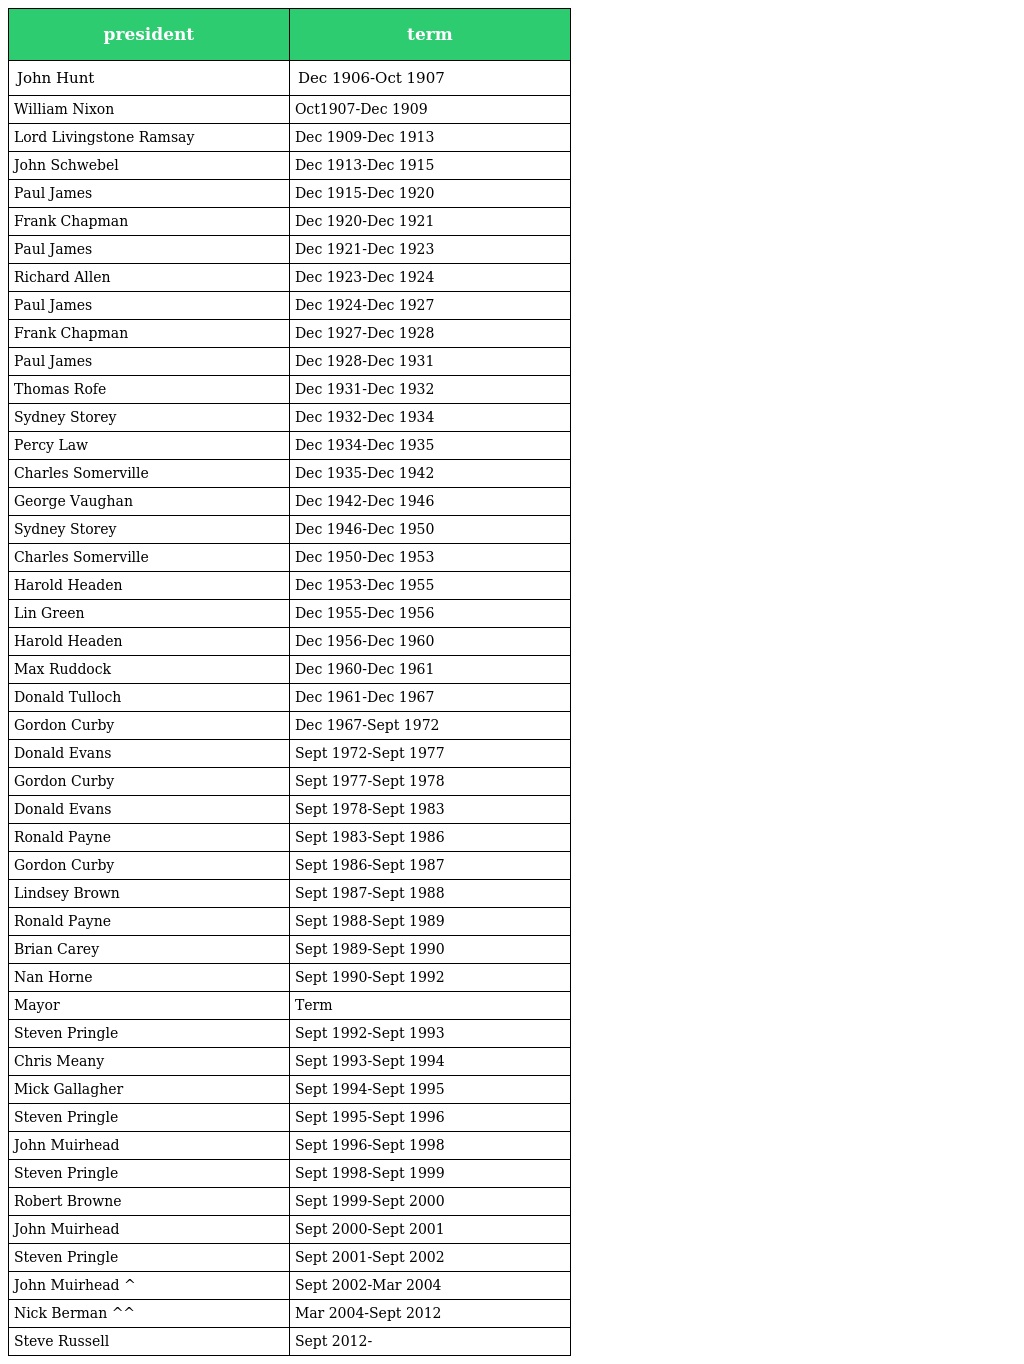
| president | term |
 | --- | --- |
 | John Hunt | Dec 1906-Oct 1907 |
 | William Nixon | Oct1907-Dec 1909 |
 | Lord Livingstone Ramsay | Dec 1909-Dec 1913 |
 | John Schwebel | Dec 1913-Dec 1915 |
 | Paul James | Dec 1915-Dec 1920 |
 | Frank Chapman | Dec 1920-Dec 1921 |
 | Paul James | Dec 1921-Dec 1923 |
 | Richard Allen | Dec 1923-Dec 1924 |
 | Paul James | Dec 1924-Dec 1927 |
 | Frank Chapman | Dec 1927-Dec 1928 |
 | Paul James | Dec 1928-Dec 1931 |
 | Thomas Rofe | Dec 1931-Dec 1932 |
 | Sydney Storey | Dec 1932-Dec 1934 |
 | Percy Law | Dec 1934-Dec 1935 |
 | Charles Somerville | Dec 1935-Dec 1942 |
 | George Vaughan | Dec 1942-Dec 1946 |
 | Sydney Storey | Dec 1946-Dec 1950 |
 | Charles Somerville | Dec 1950-Dec 1953 |
 | Harold Headen | Dec 1953-Dec 1955 |
 | Lin Green | Dec 1955-Dec 1956 |
 | Harold Headen | Dec 1956-Dec 1960 |
 | Max Ruddock | Dec 1960-Dec 1961 |
 | Donald Tulloch | Dec 1961-Dec 1967 |
 | Gordon Curby | Dec 1967-Sept 1972 |
 | Donald Evans | Sept 1972-Sept 1977 |
 | Gordon Curby | Sept 1977-Sept 1978 |
 | Donald Evans | Sept 1978-Sept 1983 |
 | Ronald Payne | Sept 1983-Sept 1986 |
 | Gordon Curby | Sept 1986-Sept 1987 |
 | Lindsey Brown | Sept 1987-Sept 1988 |
 | Ronald Payne | Sept 1988-Sept 1989 |
 | Brian Carey | Sept 1989-Sept 1990 |
 | Nan Horne | Sept 1990-Sept 1992 |
 | Mayor | Term |
 | Steven Pringle | Sept 1992-Sept 1993 |
 | Chris Meany | Sept 1993-Sept 1994 |
 | Mick Gallagher | Sept 1994-Sept 1995 |
 | Steven Pringle | Sept 1995-Sept 1996 |
 | John Muirhead | Sept 1996-Sept 1998 |
 | Steven Pringle | Sept 1998-Sept 1999 |
 | Robert Browne | Sept 1999-Sept 2000 |
 | John Muirhead | Sept 2000-Sept 2001 |
 | Steven Pringle | Sept 2001-Sept 2002 |
 | John Muirhead ^ | Sept 2002-Mar 2004 |
 | Nick Berman ^^ | Mar 2004-Sept 2012 |
 | Steve Russell | Sept 2012- |